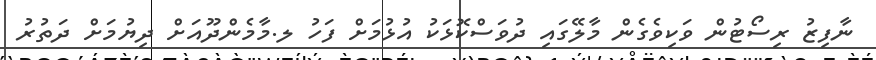
ނާފިޒު ރިސޯޓުން ވަކިވެގެން މާލޭގައި ދުވަސްކޮޅަކު އުޅުމަށް ފަހު ލ.މާމެންދޫއަށް ދިޔުމަށް ދަތުރު